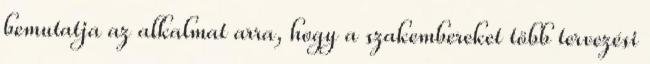
bemutatja az alkalmat arra, hogy a szakembereket több tervezési